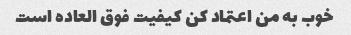
خوب به من اعتماد کن کیفیت فوق العاده است